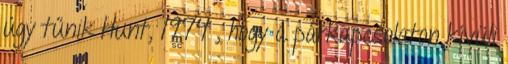
úgy tűnik Hunt, 1974 , hogy a párkapcsolaton kívüli